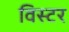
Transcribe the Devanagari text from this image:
विस्टर